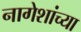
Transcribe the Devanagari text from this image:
नागेशांच्या